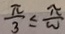
\frac { \pi } { 3 } \leq \frac { \pi } { w }